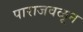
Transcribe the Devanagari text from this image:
पाराजवळून